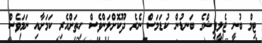
ޓިމް ބުނީ ޖެލީފިޝްގެ ބަނޑުން ކުޑަމަސް ނެރެ ދޫކޮށްލަންވެސް ހިތަށްއެރި ކަމަށާއި ނަމަވެސް